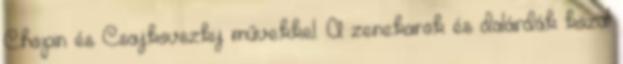
Chopin és Csajkovszkij művekkel. A zenekarok és dalárdák közül